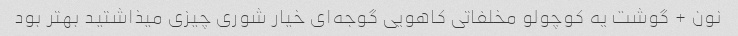
نون + گوشت یه کوچولو مخلفاتی کاهویی گوجه‌ای خیار شوری چیزی میذاشتید بهتر بود